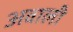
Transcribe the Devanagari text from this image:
अवाली